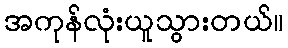
အကုန်လုံးယူသွားတယ်။